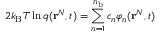
2 k _ { \mathrm { B } } T \ln q ( \mathbf { r } ^ { N } , t ) = \sum _ { n = 1 } ^ { n _ { \mathrm { b } } } c _ { n } \varphi _ { n } ( \mathbf { r } ^ { N } , t )